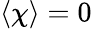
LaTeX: \langle\chi\rangle=0